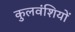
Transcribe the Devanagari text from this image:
कुलवंशियों